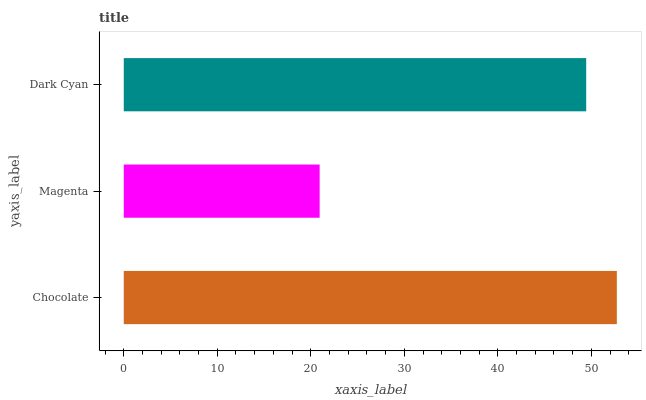
| yaxis_label | bars |
 | --- | --- |
 | Chocolate | 52.7 |
 | Magenta | 20.9 |
 | Dark Cyan | 49.4 |